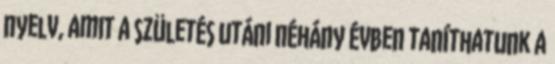
nyelv, amit a születés utáni néhány évben taníthatunk a